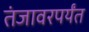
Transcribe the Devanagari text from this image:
तंजावरपर्यंत